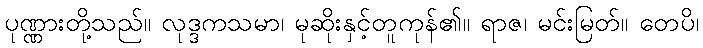
ပုဏ္ဏားတို့သည်။ လုဒ္ဒကသမာ၊ မုဆိုးနှင့်တူကုန်၏။ ရာဇ၊ မင်းမြတ်။ တေပိ၊